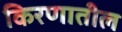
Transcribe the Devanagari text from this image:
किरणातील